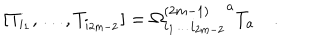
LaTeX: [ T _ { i _ { 1 } } , \dots , T _ { i _ { 2 m - 2 } } ] = { \Omega _ { i _ { 1 } \ldots i _ { 2 m - 2 } } ^ { ( 2 m - 1 ) } } ^ { a } T _ { a } \quad .